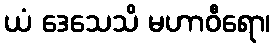
ယံ ဒေသေသိ မဟာဝီရော၊